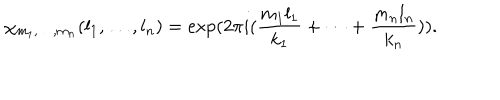
LaTeX: \chi _ { m _ { 1 } , \ldots , m _ { n } } ( l _ { 1 } , \ldots , l _ { n } ) = \exp ( 2 \pi i ( \frac { m _ { 1 } l _ { 1 } } { k _ { 1 } } + \dots + \frac { m _ { n } l _ { n } } { k _ { n } } ) ) .